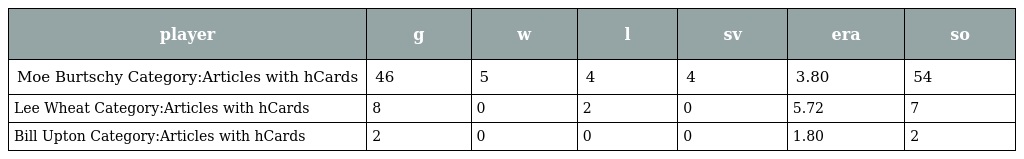
| player | g | w | l | sv | era | so |
 | --- | --- | --- | --- | --- | --- | --- |
 | Moe Burtschy Category:Articles with hCards | 46 | 5 | 4 | 4 | 3.80 | 54 |
 | Lee Wheat Category:Articles with hCards | 8 | 0 | 2 | 0 | 5.72 | 7 |
 | Bill Upton Category:Articles with hCards | 2 | 0 | 0 | 0 | 1.80 | 2 |